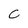
Character: C